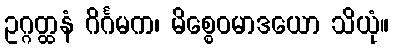
ဥဂ္ဂတ္ထနံ ဂိင်္ဂမက၊ မိစ္စေဝမာဒယော သိယုံ။